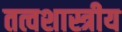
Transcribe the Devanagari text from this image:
तत्वशास्त्रीय